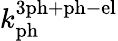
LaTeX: k_{\mathrm{ph}}^{\mathrm{3ph+ph-el}}